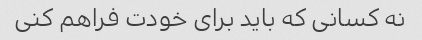
نه کسانی که باید برای خودت فراهم کنی